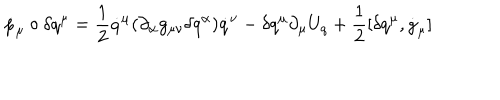
\dot { p } _ { \mu } \circ \delta q ^ { \mu } = \frac { 1 } { 2 } \dot { q } ^ { \mu } ( \partial _ { \alpha } g _ { \mu \nu } \delta q ^ { \alpha } ) \dot { q } ^ { \nu } - \delta q ^ { \mu } \partial _ { \mu } U _ { q } + \frac { 1 } { 2 } [ \delta q ^ { \mu } , \dot { g } _ { \mu } ]